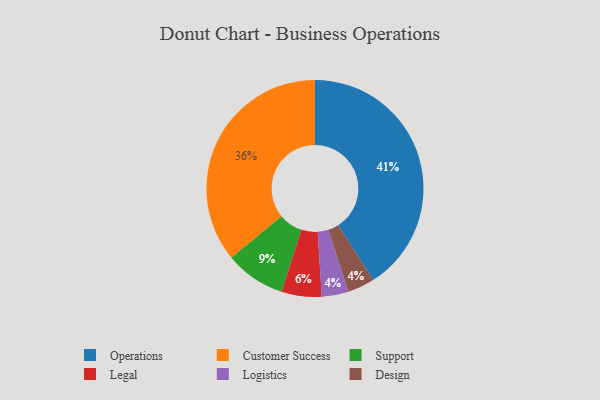
{"axis": {"x": "Category", "y": "Percentage"}, "legend": ["Customer Success", "Design", "Legal", "Logistics", "Operations", "Support"], "data": [{"x": "Support", "y": 9, "type": "Support"}, {"x": "Legal", "y": 6, "type": "Legal"}, {"x": "Logistics", "y": 4, "type": "Logistics"}, {"x": "Customer Success", "y": 36, "type": "Customer Success"}, {"x": "Design", "y": 4, "type": "Design"}, {"x": "Operations", "y": 41, "type": "Operations"}]}